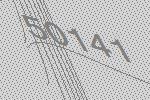
50141